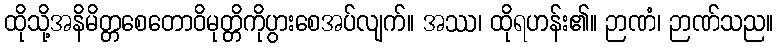
ထိုသို့အနိမိတ္တစေတောဝိမုတ္တိကိုပွားစေအပ်လျက်။ အဿ၊ ထိုရဟန်း၏။ ဉာဏံ၊ ဉာဏ်သည။